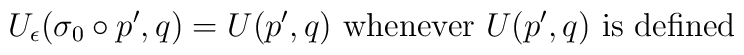
U_\epsilon(\sigma_0\circ p',q)=U(p',q) \mbox{~whenever~} U(p',q)\mbox{~is defined}